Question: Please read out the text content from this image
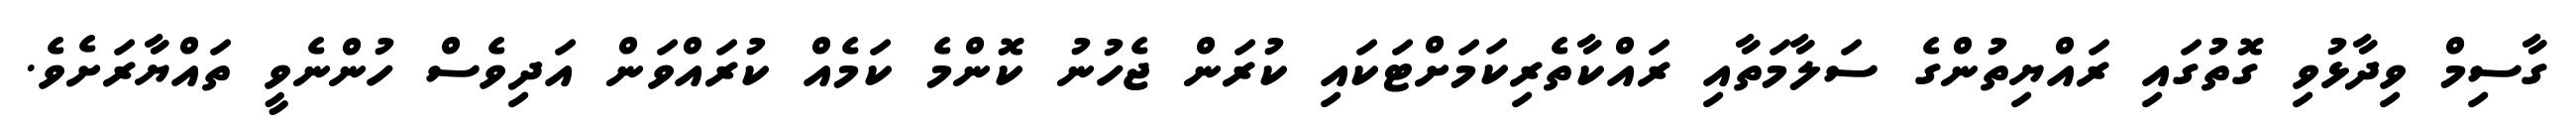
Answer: ގާސިމް ވިދާޅުވި ގޮތުގައި ރައްޔިތުންގެ ސަލާމަތާއި ރައްކާތެރިކަމަށްޓަކައި ކުރަން ޖެހުނު ކޮންމެ ކަމެއް ކުރައްވަން އަދިވެސް ހުންނެވީ ތައްޔާރަށެވެ.